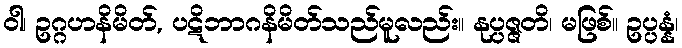
ဝါ၊ ဥဂ္ဂဟနိမိတ်, ပဋိဘာဂနိမိတ်သည်မူလည်း။ နုပ္ပဇ္ဇတိ၊ မဖြစ်။ ဥပ္ပန္နံ၊